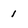
Character: 1